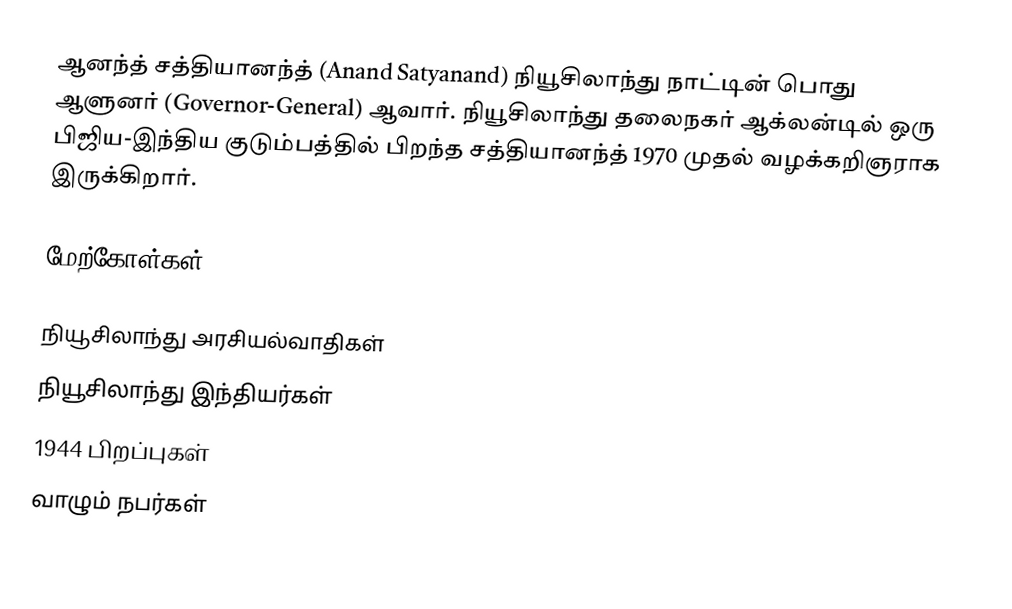
ஆனந்த் சத்தியானந்த் (Anand Satyanand) நியூசிலாந்து நாட்டின் பொது ஆளுனர் (Governor-General) ஆவார். நியூசிலாந்து தலைநகர் ஆக்லன்டில் ஒரு பிஜிய-இந்திய குடும்பத்தில் பிறந்த சத்தியானந்த் 1970 முதல் வழக்கறிஞராக இருக்கிறார்.

மேற்கோள்கள்

நியூசிலாந்து அரசியல்வாதிகள்
நியூசிலாந்து இந்தியர்கள்
1944 பிறப்புகள்
வாழும் நபர்கள்